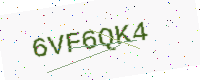
Text: 6VF6QK4